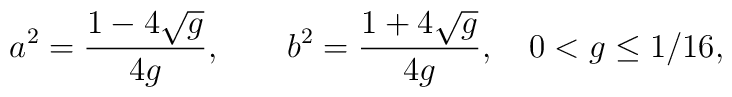
a^2=\frac{1-4\sqrt g}{4g},\qquad b^2=\frac{1+4\sqrt g}{4g},    \quad 0<g\leq 1/16,